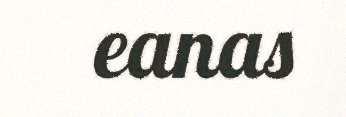
eanas